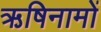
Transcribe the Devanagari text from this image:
ऋषिनामों